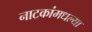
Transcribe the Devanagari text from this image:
नाटकांमधल्या